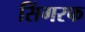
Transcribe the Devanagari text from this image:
सिंगरफ